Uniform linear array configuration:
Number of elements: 16
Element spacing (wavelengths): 0.75
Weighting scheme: blackman
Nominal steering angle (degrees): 30
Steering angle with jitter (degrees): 29.902
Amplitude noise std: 0.05
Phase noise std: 0.05

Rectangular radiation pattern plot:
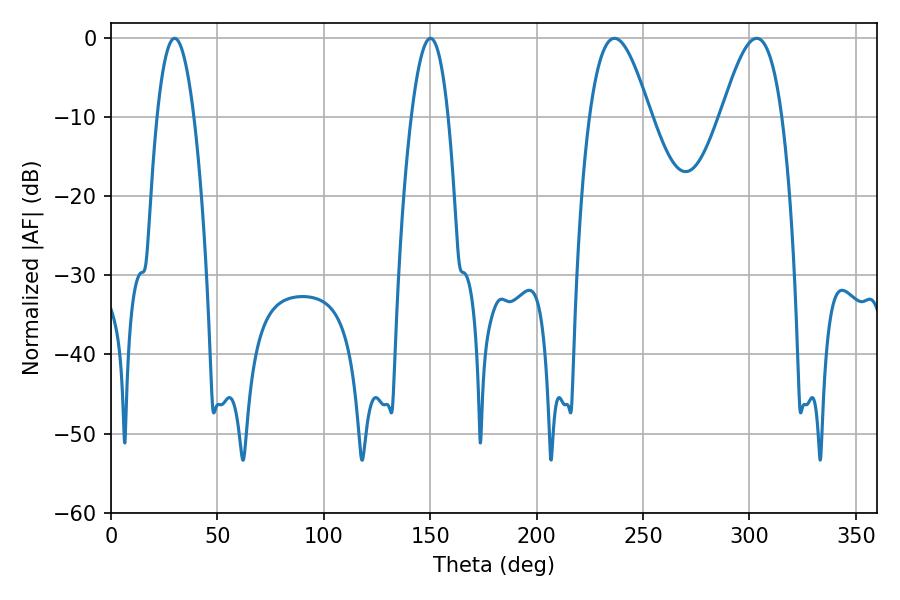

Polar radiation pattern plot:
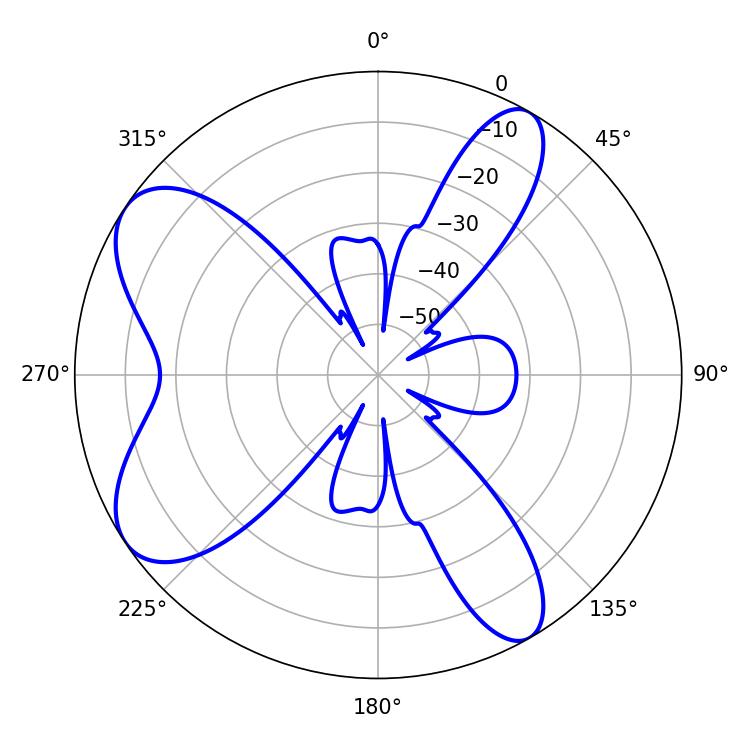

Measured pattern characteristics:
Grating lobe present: TRUE
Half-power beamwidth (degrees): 9.54
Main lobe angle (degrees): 29.88